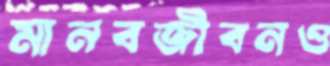
মানবজীবনও